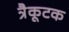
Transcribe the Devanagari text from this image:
त्रैकूटक